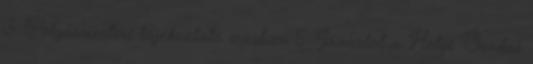
3. Polgármesteri tájékoztató írásban 5. Javaslat a Helyi Óvodai